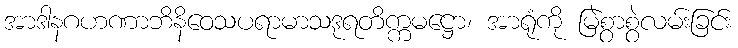
အာဒါနဂဟဏာဘိနိဝေသပရာမာသဒုရတိက္ကမဋ္ဌော၊ အာရုံကို မြဲစွာစွဲလမ်းခြင်း